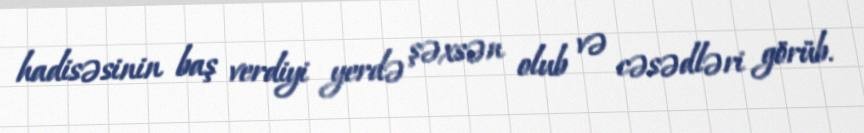
hadisəsinin baş verdiyi yerdə şəxsən olub və cəsədləri görüb.